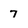
Character: 7